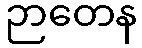
ဉာတေန